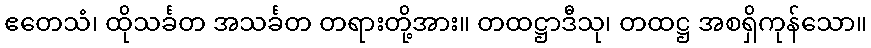
ဧတေသံ၊ ထိုသင်္ခတ အသင်္ခတ တရားတို့အား။ တထဋ္ဌာဒီသု၊ တထဋ္ဌ အစရှိကုန်သော။